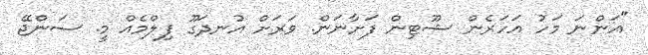
"އަންނަ މަހު އަހަރެން ޝޫޓިން ފަށާނަން. ވަރަށް އުނދަގޫ ފިލްމެއް މީ. ސަންޖޭ